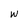
Character: w